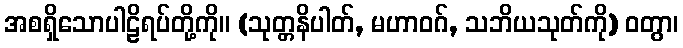
အစရှိသောပါဠိရပ်တို့ကို။ (သုတ္တနိပါတ်, မဟာဝဂ်, သဘိယသုတ်ကို) ဝတွာ၊